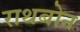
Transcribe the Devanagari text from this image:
राथबोन